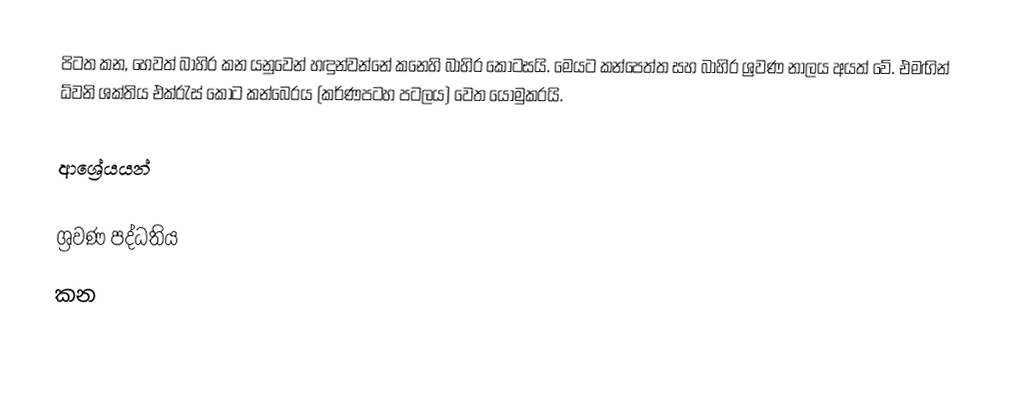
පිටත කන, හෙවත් බාහිර කන යනුවෙන් හඳුන්වන්නේ කනෙහි බාහිර කොටසයි. මෙයට කන්පෙත්ත සහ බාහිර ශ්‍රවණ නාලය අයත් වේ. එමඟින් ධ්වනි ශක්තිය එක්රැස් කොට කන්බෙරය (කර්ණපටහ පටලය) වෙත යොමුකරයි.

ආශ්‍රේයයන්

ශ්‍රවණ පද්ධතිය
කන